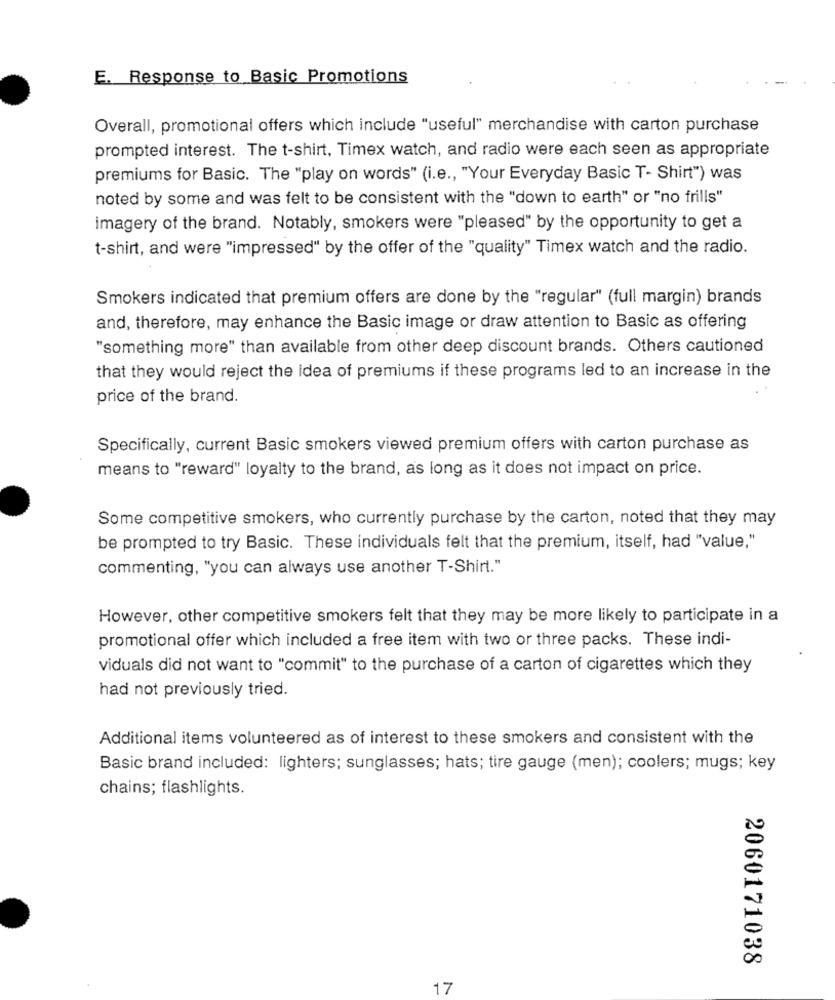
E. Response to Basic Promotions
Overall, promotional offers which include "useful" merchandise with carton purchase
prompted interest. The t-shirt, Timex watch, and radio were each seen as appropriate
premiums for Basic. The "play on words" (i.e ., "Your Everyday Basic T- Shirt") was
noted by some and was felt to be consistent with the "down to earth" or "no frills"
imagery of the brand. Notably, smokers were "pleased" by the opportunity to get a
t-shirt, and were "impressed" by the offer of the "quality" Timex watch and the radio.
Smokers indicated that premium offers are done by the "regular" (full margin) brands
and, therefore, may enhance the Basic image or draw attention to Basic as offering
"something more" than available from other deep discount brands. Others cautioned
that they would reject the idea of premiums if these programs led to an increase in the
price of the brand.
Specifically, current Basic smokers viewed premium offers with carton purchase as
means to "reward" loyalty to the brand, as long as it does not impact on price.
Some competitive smokers, who currently purchase by the carton, noted that they may
be prompted to try Basic. These individuals felt that the premium, itself, had "value,"
commenting, "you can always use another T-Shirt."
However, other competitive smokers felt that they may be more likely to participate in a
promotional offer which included a free item with two or three packs. These indi-
viduals did not want to "commit" to the purchase of a carton of cigarettes which they
had not previously tried.
Additional items volunteered as of interest to these smokers and consistent with the
Basic brand included: lighters; sunglasses; hats; tire gauge (men); coolers; mugs; key
chains; flashlights.
2060171038
17